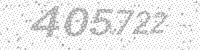
Solution: 405722